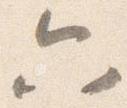
六